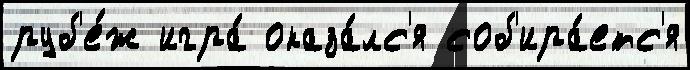
руб'е́ж игра́ оказа́лс'я соб'ира́етс'я